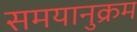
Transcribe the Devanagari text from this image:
समयानुक्रम